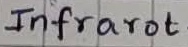
Text: Infrarot-